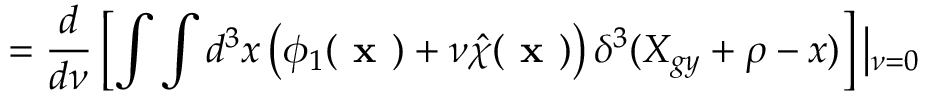
= \frac { d } { d \nu } \left[ \int \int d ^ { 3 } x \left( \phi _ { 1 } ( \textbf { x } ) + \nu \hat { \chi } ( \textbf { x } ) \right) \delta ^ { 3 } ( X _ { g y } + \rho - x ) \right] \left| _ { \nu = 0 } \right.